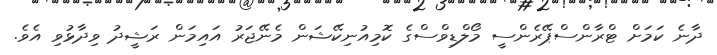
ދާނެ ކަމަށް ޓްރާންސްޕޭރެންސީ މޯލްޑިވްސްގެ ކޮމިއުނިކޭޝަން މެނޭޖަރު އައިމަން ރަޝީދު ވިދާޅުވި އެވެ.